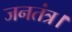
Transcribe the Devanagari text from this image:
जनतंत्र।